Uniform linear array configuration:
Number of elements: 48
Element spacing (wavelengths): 0.5
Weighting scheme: hamming
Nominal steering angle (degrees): -45
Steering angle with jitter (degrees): -43.017
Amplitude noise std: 0.05
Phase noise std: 0.05

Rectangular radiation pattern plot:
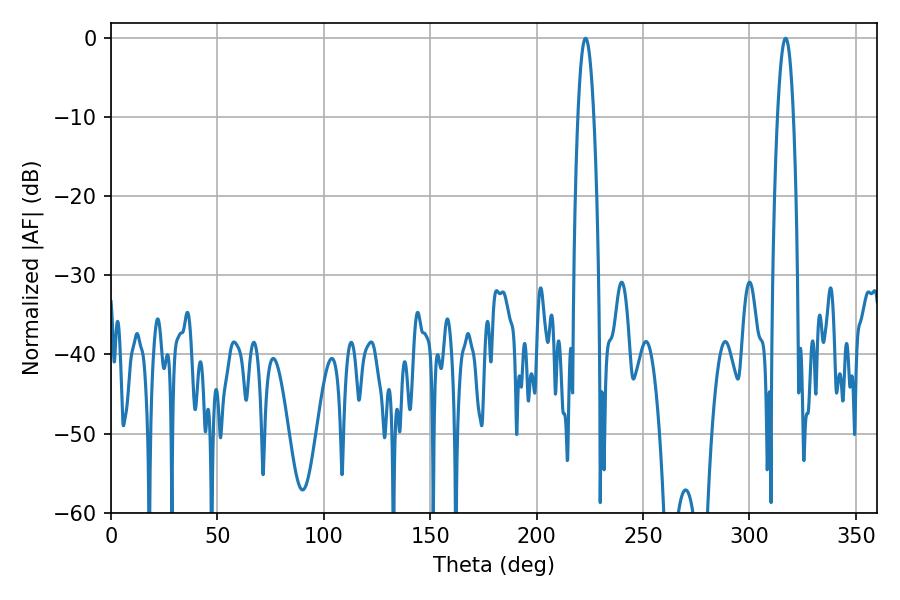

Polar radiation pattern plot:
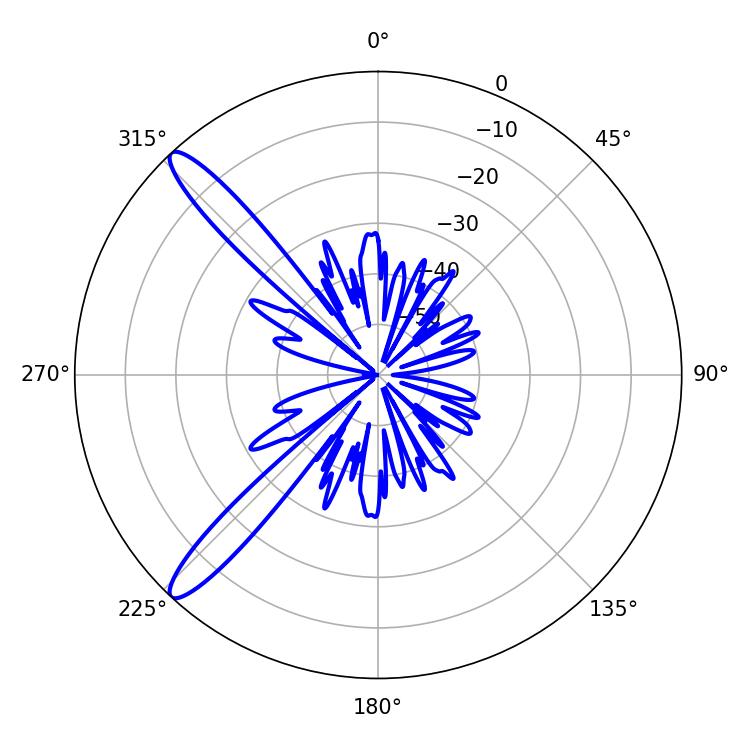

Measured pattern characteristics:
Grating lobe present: FALSE
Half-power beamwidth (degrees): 3.96
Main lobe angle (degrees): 223.02